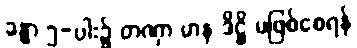
ခန္ဓာ ၅-ပါး၌ တဏှာ မာန ဒိဋ္ဌိ မဖြစ်စေရန်